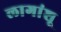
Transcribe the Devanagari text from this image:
लागांशू